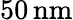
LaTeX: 50\, \mathrm{nm}